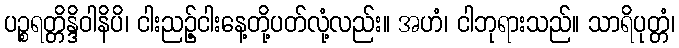
ပဉ္စရတ္တိန္ဒိဝါနိပိ၊ ငါးညဉ့်ငါးနေ့တို့ပတ်လုံ့လည်း။ အဟံ၊ ငါဘုရားသည်။ သာရိပုတ္တံ၊